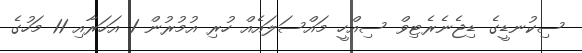
ސިކުނޑީގެ ޑިޖެނެރެޓިވް ސިއްހީ މައްސަލައެއް ހުރި އުމުރުން 1 އަހަރާއި 11 މަހުގެ